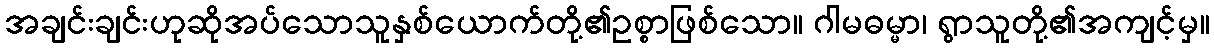
အချင်းချင်းဟုဆိုအပ်သောသူနှစ်ယောက်တို့၏ဥစ္စာဖြစ်သော။ ဂါမဓမ္မာ၊ ရွာသူတို့၏အကျင့်မှ။